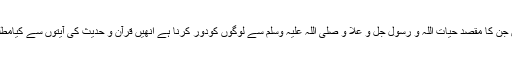
لیکن جن کا مقصدِ حیات اللہ و رسول جل و علا و صلی اللہ علیہ وسلم سے لوگوں کودور کرنا ہے انھیں قرآن و حدیث کی آیتوں سے کیامطلب ؟